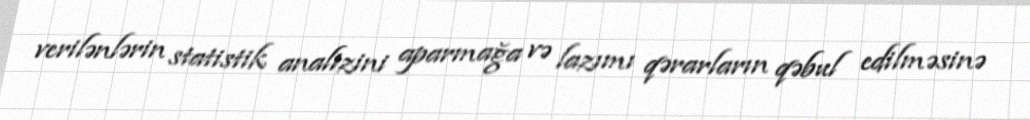
verilənlərin statistik analizini aparmağa və lazımı qərarların qəbul edilməsinə